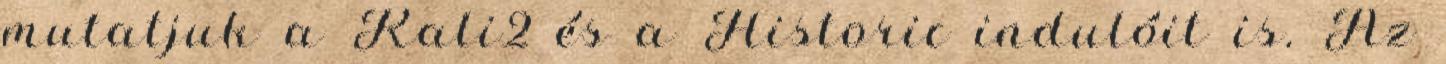
mutatjuk a Rali2 és a Historic indulóit is. Az